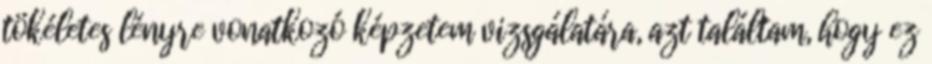
tökéletes lényre vonatkozó képzetem vizsgálatára, azt találtam, hogy ez